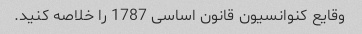
وقایع کنوانسیون قانون اساسی 1787 را خلاصه کنید.